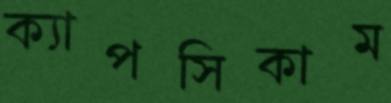
ক্যাপসিকাম